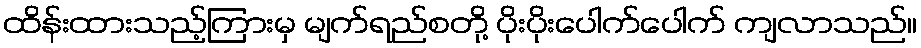
ထိန်းထားသည့်ကြားမှ မျက်ရည်စတို့ ပိုးပိုးပေါက်ပေါက် ကျလာသည်။